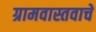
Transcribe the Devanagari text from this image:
ग्रामवास्तवाचे